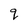
Character: q